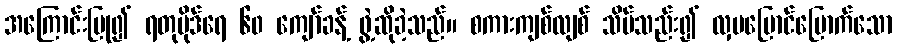
အကြောင်းပြု၍ ရတုပိုဒ်ရေ ၆၀ ကျော်ခန့် ဖွဲ့ဆိုခဲ့သည်။ စကားကျစ်လျစ် သိပ်သည်း၍ လှပပြောင်မြောက်သော